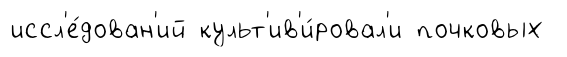
иссл'е́дован'ий культ'ив'и́ровал'и почковых